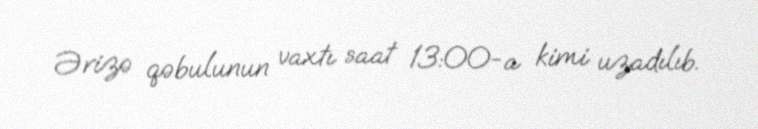
Ərizə qəbulunun vaxtı saat 13:00-a kimi uzadılıb.